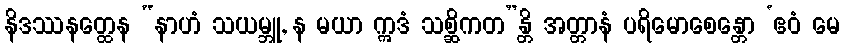
နိဒဿနတ္ထေန “နာဟံ သယမ္ဘူ, န မယာ ဣဒံ သစ္ဆိကတ”န္တိ အတ္တာနံ ပရိမောစေန္တော ‘ဧဝံ မေ